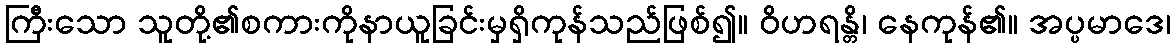
ကြီးသော သူတို့၏စကားကိုနာယူခြင်းမှရှိကုန်သည်ဖြစ်၍။ ဝိဟရန္တိ၊ နေကုန်၏။ အပ္ပမာဒေ၊